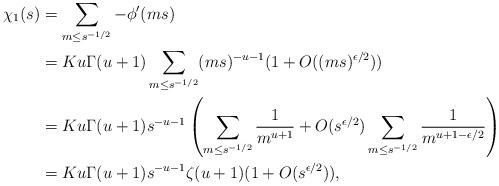
LaTeX: \begin{align*} \chi_1(s) & = \sum_{m \leq s^{-1/2}} -\phi'(ms)\\&= Ku\Gamma(u+1) \sum_{m \leq s^{-1/2}} (ms)^{-u-1} (1+O((ms)^{\epsilon/2}))\\& = Ku\Gamma(u+1) s^{-u-1} \left( \sum_{m \leq s^{-1/2}} \frac{1}{m^{u+1}} + O(s^{\epsilon/2}) \sum_{m \leq s^{-1/2}} \frac{1}{m^{u+1 - \epsilon/2}}\right)\\& = Ku\Gamma(u+1) s^{-u-1} \zeta(u+1)(1+O(s^{\epsilon/2})),\end{align*}